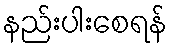
နည်းပါးစေရန်